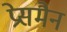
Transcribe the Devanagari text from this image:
प्रेसमैन